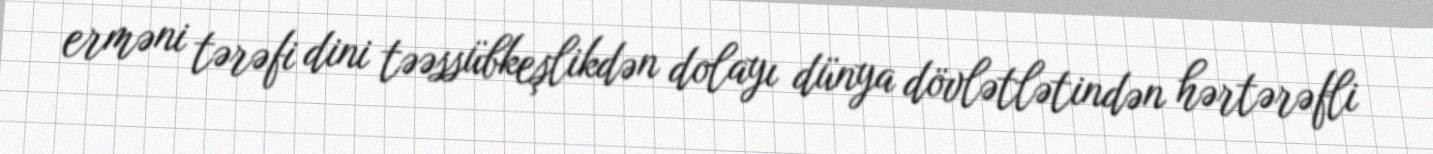
erməni tərəfi dini təəssübkeşlikdən dolayı dünya dövlətlətindən hərtərəfli